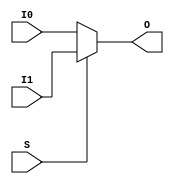
module MUXF9(output O, input I0, I1, S);
  assign O = S ? I1 : I0;
endmodule